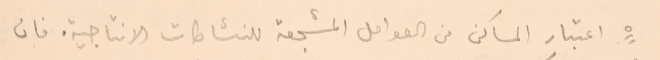
٥ اعتبار المساكن من العوامل المشجعة للنشاطات الانتاجية. فان